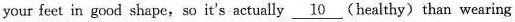
your feet in good shape,so it's actually \underline{10} (healthy) than wearing